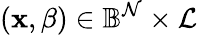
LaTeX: \left(\mathbf{x},\beta\right)\in\mathbb{B}^{\mathcal{N}}\times\mathcal{L}